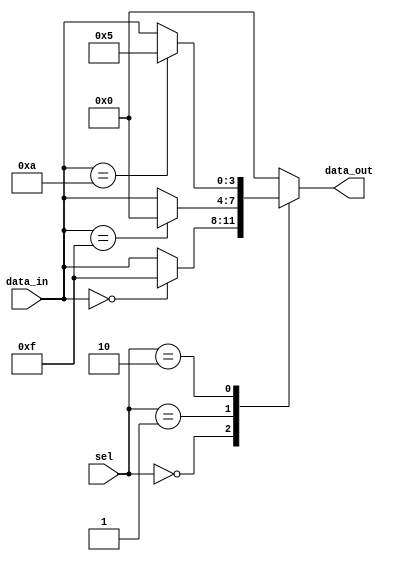
module case_statement_with_if_else (
    input [1:0] sel,
    input [3:0] data_in,
    output reg [3:0] data_out
);

always @(*)
begin
    case(sel)
        
        2'b00: // Case when sel is 00
        begin
            if (data_in == 4'b0000)
                data_out = 4'b1111;
            else
                data_out = data_in;
        end
        
        2'b01: // Case when sel is 01
        begin
            if (data_in == 4'b1111)
                data_out = 4'b0000;
            else
                data_out = data_in;
        end
        
        2'b10: // Case when sel is 10
        begin
            if (data_in == 4'b1010)
                data_out = 4'b0101;
            else
                data_out = data_in;
        end
        
        default: // Default case
            data_out = 4'b0000;
        
    endcase
end
endmodule